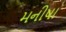
મનીષા